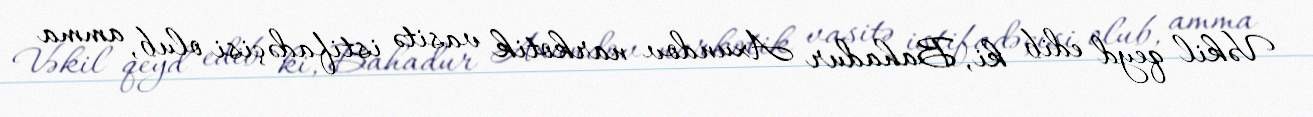
Vəkil qeyd edib ki, Bahadur Axundov narkotik vasitə istifadəçisi olub, amma